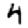
Digit: 4